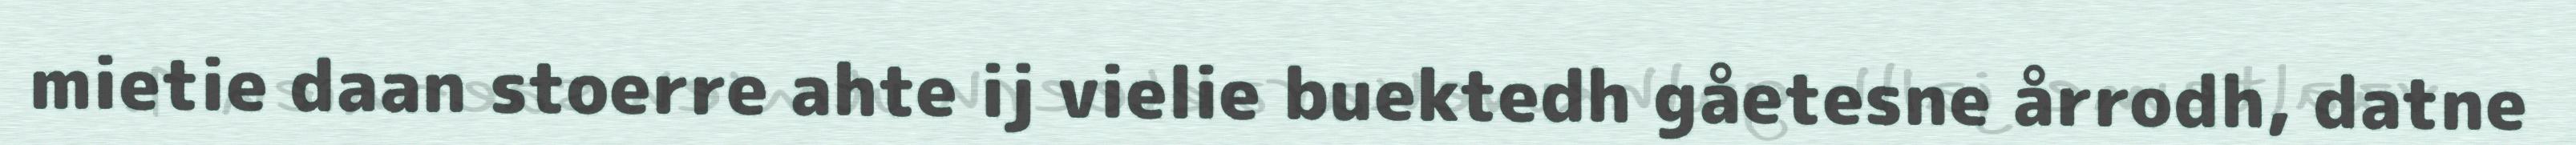
mietie daan stoerre ahte ij vielie buektedh gåetesne årrodh, datne